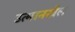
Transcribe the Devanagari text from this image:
उत्मानखैल